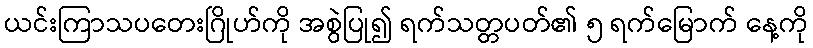
ယင်းကြာသပတေးဂြိုဟ်ကို အစွဲပြု၍ ရက်သတ္တပတ်၏ ၅ ရက်မြောက် နေ့ကို